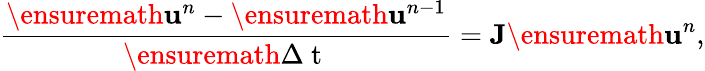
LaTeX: \frac{\ensuremath{\mathbf{u}}^{n}-\ensuremath{\mathbf{u}}^{n-1}}{\ensuremath{\Delta\mathrm{~t~}}}=\mathbf{J}\ensuremath{\mathbf{u}}^{n},